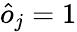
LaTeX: \hat{o}_{j}=1